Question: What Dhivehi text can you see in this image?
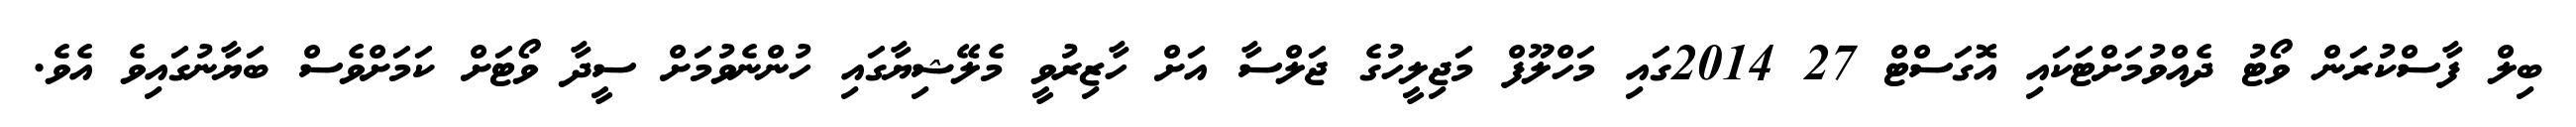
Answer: ބިލް ފާސްކުރަން ވޯޓު ދެއްވުމަށްޓަކައި އޮގަސްޓް 27 2014ގައި މަހްލޫފް މަޖިލީހުގެ ޖަލްސާ އަށް ހާޒިރުވީ މެލޭޝިޔާގައި ހުންނެވުމަށް ސީދާ ވޯޓަށް ކަމަށްވެސް ބަޔާނުގައިވެ އެވެ.